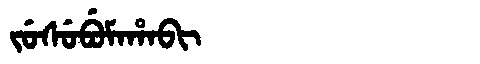
Manchu: ᠵᡠᠰᡠᠪᡠᠮᠠᡥᠠᠪᡳ
Romanization: JUSUBUMAHABI